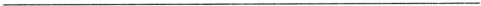
___